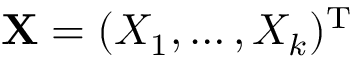
\mathbf { X } = ( X _ { 1 } , \ldots , X _ { k } ) ^ { \mathrm { T } }